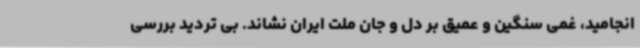
انجامید، غمی سنگین و عمیق بر دل و جان ملت ایران نشاند. بی تردید بررسی